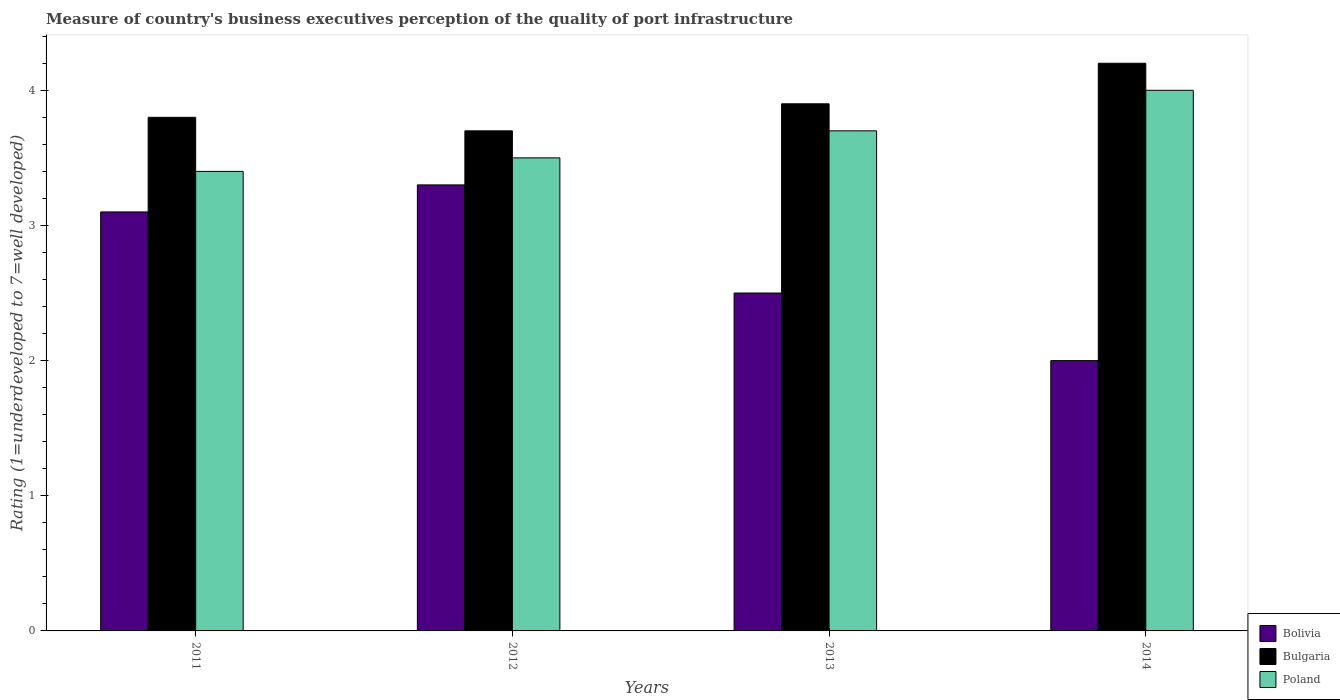
| Years | Bolivia | Bulgaria | Poland |
 | --- | --- | --- | --- |
 | 2011 | 3.1 | 3.8 | 3.4 |
 | 2012 | 3.3 | 3.7 | 3.5 |
 | 2013 | 2.5 | 3.9 | 3.7 |
 | 2014 | 2 | 4.2 | 4 |